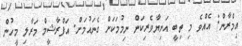
އިމްރާން: އެއްވެ މި ތިބީ އަނިޔާވެރިކަން ނިމުމަކަށް ގެނައުމަށް. އަފްރާޝީމް މަރާލި މީހުން